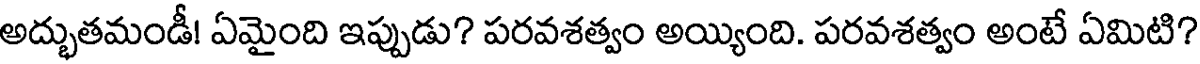
అద్భుతమండీ! ఏమైంది ఇప్పుడు? పరవశత్వం అయ్యింది. పరవశత్వం అంటే ఏమిటి?